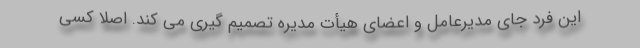
این فرد جای مدیرعامل و اعضای هیأت مدیره تصمیم گیری می کند. اصلا کسی